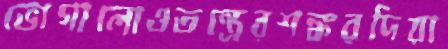
ভোগালোওতন্ত্রেরশঙ্করদিয়া